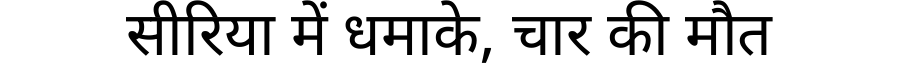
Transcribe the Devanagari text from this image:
सीरिया में धमाके, चार की मौत